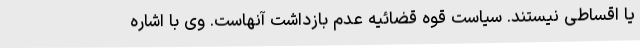
یا اقساطی نیستند. سیاست قوه قضائیه عدم بازداشت آنهاست. وی با اشاره